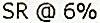
SR @ 6%